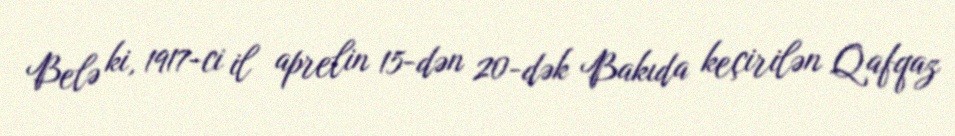
Belə ki, 1917-ci il aprelin 15-dən 20-dək Bakıda keçirilən Qafqaz